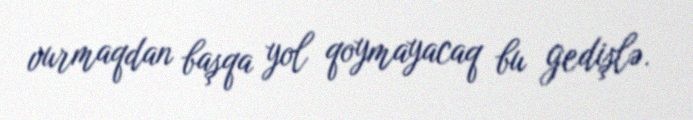
vurmaqdan başqa yol qoymayacaq bu gedişlə.